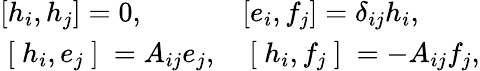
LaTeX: \begin{array}{ll}{{[h_{i},h_{j}]=0,}}&{{[e_{i},f_{j}]=\delta_{ij}h_{i},}}\\ {{\mathrm{~[~}h_{i},e_{j}\mathrm{~]~}=A_{ij}e_{j},}}&{{\mathrm{~[~}h_{i},f_{j}\mathrm{~]~}=-A_{ij}f_{j},}}\end{array}